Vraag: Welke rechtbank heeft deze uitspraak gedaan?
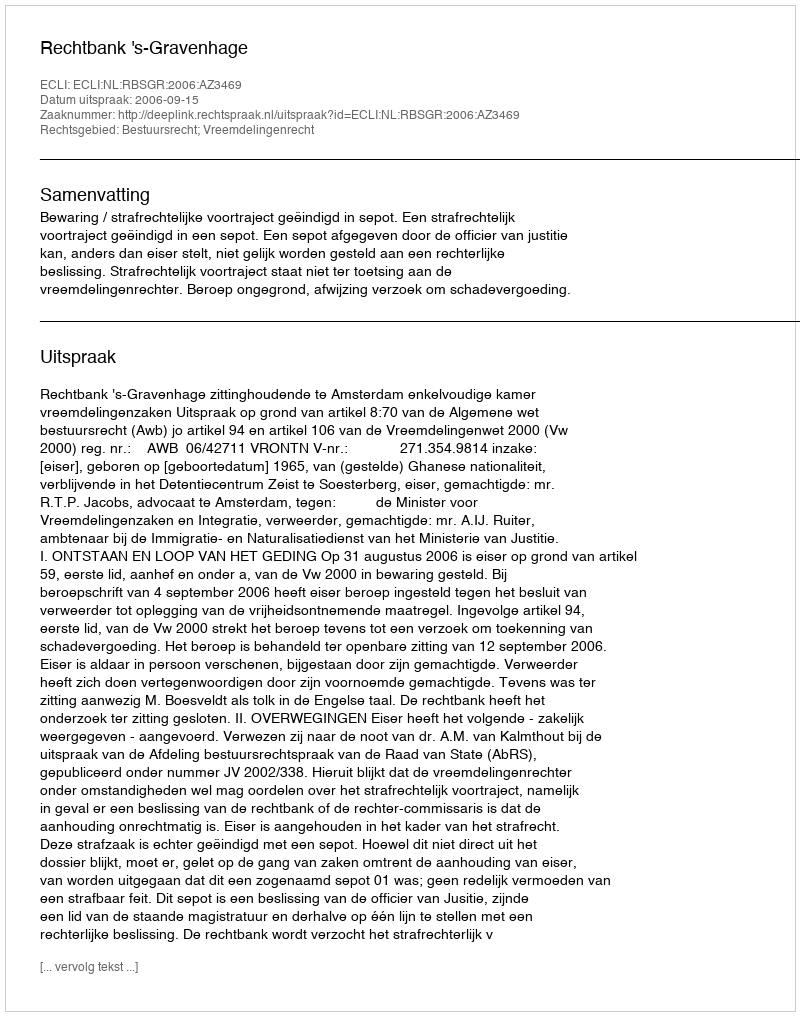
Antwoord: Rechtbank 's-Gravenhage